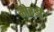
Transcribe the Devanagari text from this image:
भोरडी